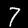
Digit: 7